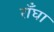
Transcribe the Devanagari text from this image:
राँघा